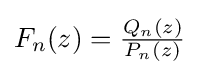
{\textstyle F_{n}(z)={\frac {Q_{n}(z)}{P_{n}(z)}}}